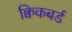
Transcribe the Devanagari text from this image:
क्विकबर्ड